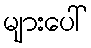
များပေါ်